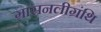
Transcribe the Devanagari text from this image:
ग्रासनलीग्रंथि